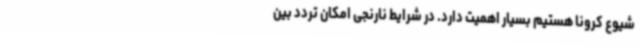
شیوع کرونا هستیم بسیار اهمیت دارد. در شرایط نارنجی امکان تردد بین